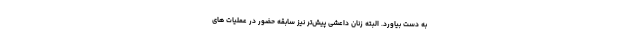
به دست بیاورد. البته زنان داعشی پیش‌تر نیز سابقه حضور در عملیات های